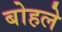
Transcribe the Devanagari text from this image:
बोहले